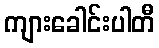
ကျားခေါင်းပါတီ